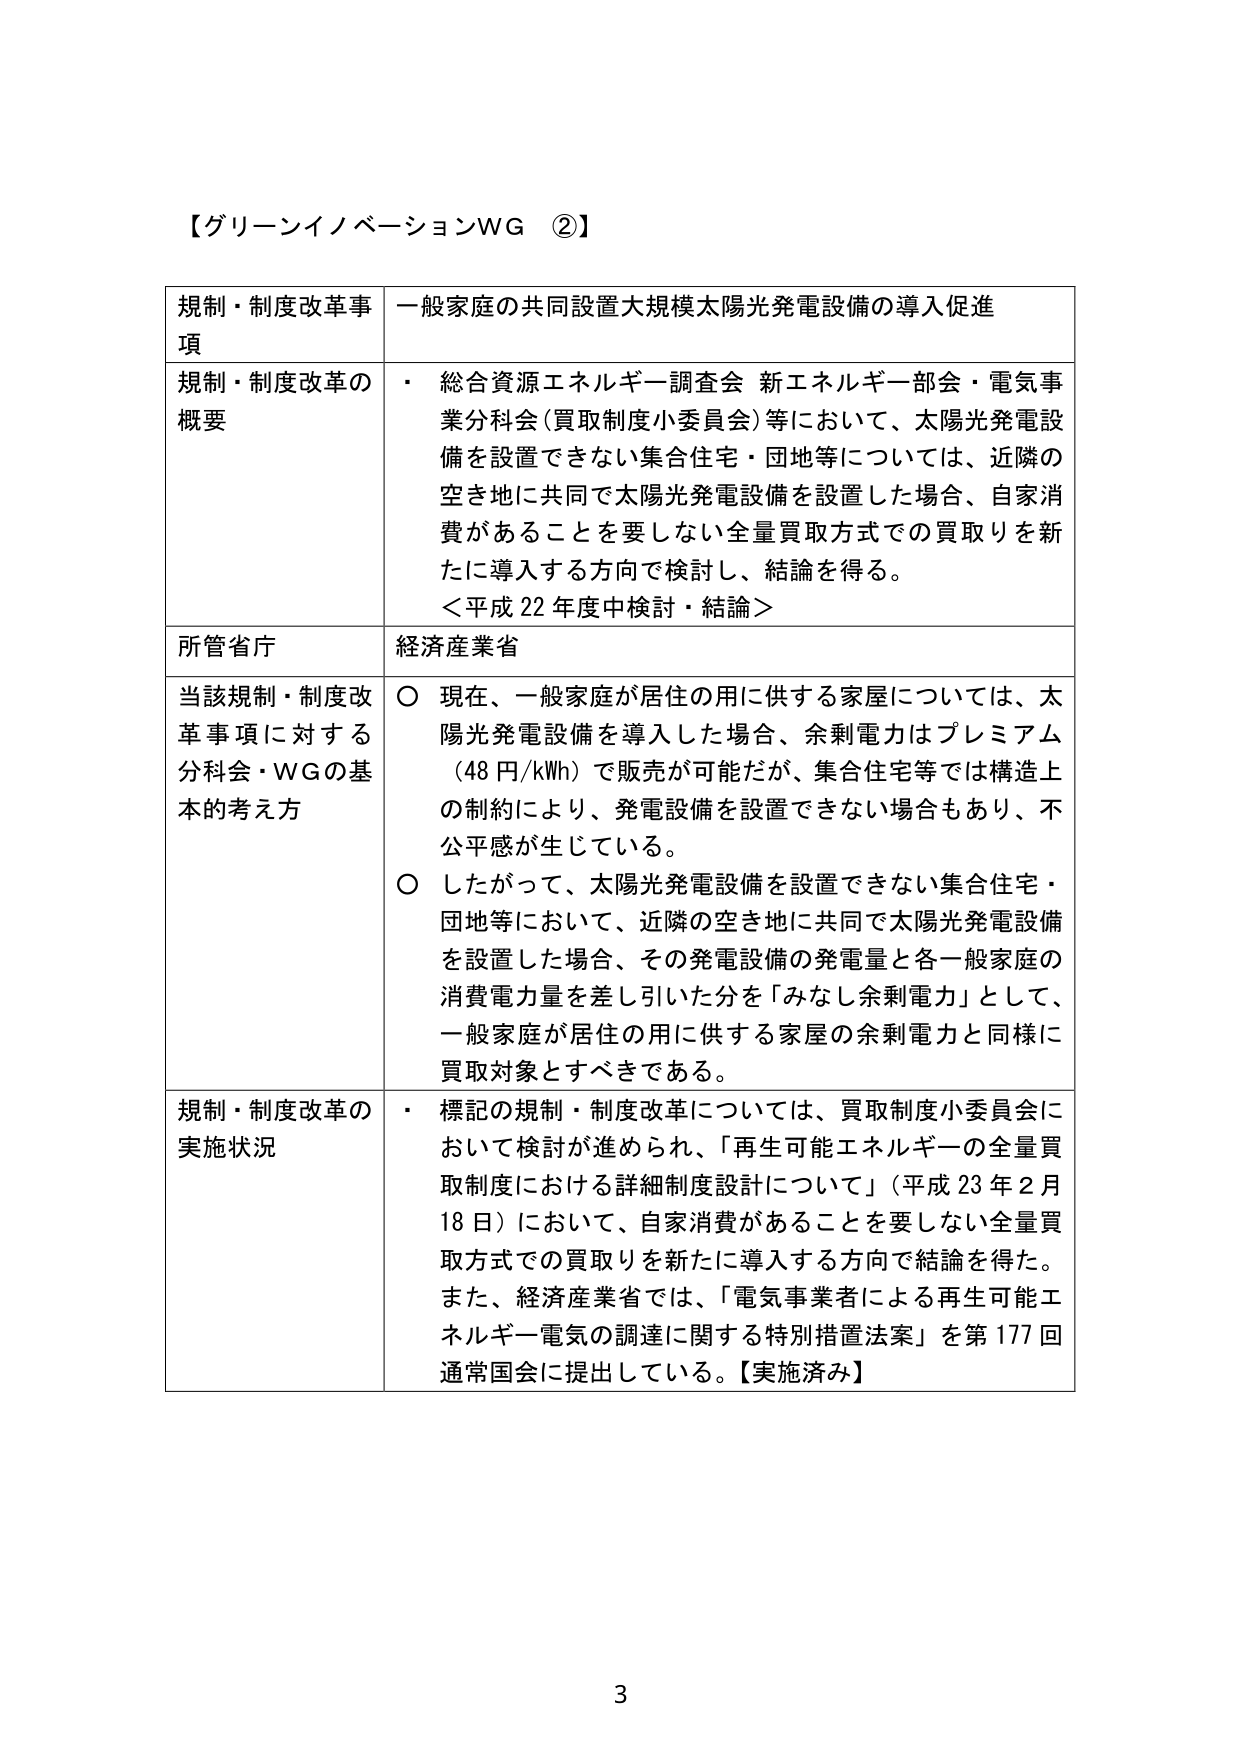
【グリーンイノベーションWG ②】

規制・制度改革事項　一般家庭の共同設置大規模太陽光発電設備の導入促進

規制・制度改革の概要
・ 総合資源エネルギー調査会 新エネルギー部会・電気事業分科会（買取制度小委員会）等において、太陽光発電設備を設置できない集合住宅・団地等については、近隣の空き地に共同で太陽光発電設備を設置した場合、自家消費があることを要しない全量買取方式での買取りを新たに導入する方向で検討し、結論を得る。
＜平成22年度中検討・結論＞

所管省庁　経済産業省

当該規制・制度改革事項に対する分科会・WGの基本的考え方
○ 現在、一般家庭が居住の用に供する家屋については、太陽光発電設備を導入した場合、余剰電力はプレミアム（48円/kWh）で販売が可能だが、集合住宅等では構造上の制約により、発電設備を設置できない場合もあり、不公平感が生じている。
○ したがって、太陽光発電設備を設置できない集合住宅・団地等において、近隣の空き地に共同で太陽光発電設備を設置した場合、その発電設備の発電量と各一般家庭の消費電力量を差し引いた分を「みなしえ余剰電力」として、一般家庭が居住の用に供する家屋の余剰電力と同様に買取対象とすべきである。

規制・制度改革の実施状況
・ 標記の規制・制度改革については、買取制度小委員会において検討が進められ、「再生可能エネルギーの全量買取制度における詳細制度設計について」（平成23年2月18日）において、自家消費があることを要しない全量買取方式での買取りを新たに導入する方向で結論を得た。また、経済産業省では、「電気事業者による再生可能エネルギー電気の調達に関する特別措置法案」を第177回通常国会に提出している。【実施済み】

3